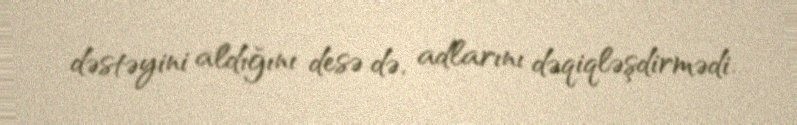
dəstəyini aldığını desə də, adlarını dəqiqləşdirmədi.